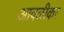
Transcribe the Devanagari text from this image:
आवळीकर